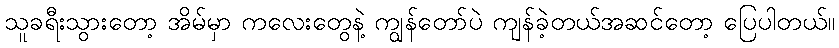
သူခရီးသွားတော့ အိမ်မှာ ကလေးတွေနဲ့ ကျွန်တော်ပဲ ကျန်ခဲ့တယ်အဆင်တော့ ပြေပါတယ်။